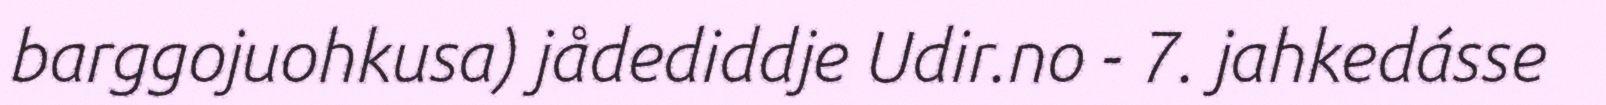
barggojuohkusa) jådediddje Udir.no - 7. jahkedásse